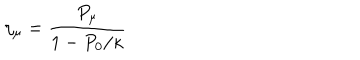
\eta _ { \mu } = \frac { P _ { \mu } } { 1 - P _ { 0 } / \kappa }